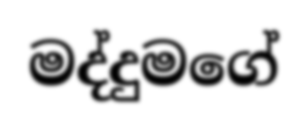
මද්දුමගේ